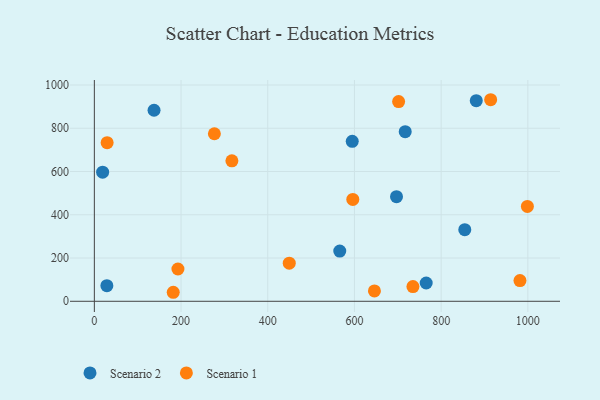
{"axis": {"x": "Investment", "y": "Exam Score"}, "legend": ["Scenario 1", "Scenario 2"], "data": [{"x": "137.7", "y": 883.3, "type": "Scenario 2"}, {"x": "881.0", "y": 927.4, "type": "Scenario 2"}, {"x": "717.1", "y": 784.4, "type": "Scenario 2"}, {"x": "697.0", "y": 483.8, "type": "Scenario 2"}, {"x": "594.9", "y": 739.8, "type": "Scenario 2"}, {"x": "765.5", "y": 84.5, "type": "Scenario 2"}, {"x": "854.5", "y": 331.3, "type": "Scenario 2"}, {"x": "28.9", "y": 72.2, "type": "Scenario 2"}, {"x": "19.1", "y": 596.8, "type": "Scenario 2"}, {"x": "566.1", "y": 232.3, "type": "Scenario 2"}, {"x": "276.9", "y": 774.6, "type": "Scenario 1"}, {"x": "981.8", "y": 95.6, "type": "Scenario 1"}, {"x": "192.8", "y": 149.4, "type": "Scenario 1"}, {"x": "29.5", "y": 733.5, "type": "Scenario 1"}, {"x": "596.2", "y": 471.1, "type": "Scenario 1"}, {"x": "734.9", "y": 68.0, "type": "Scenario 1"}, {"x": "998.9", "y": 438.8, "type": "Scenario 1"}, {"x": "449.6", "y": 176.4, "type": "Scenario 1"}, {"x": "317.3", "y": 649.5, "type": "Scenario 1"}, {"x": "701.9", "y": 923.2, "type": "Scenario 1"}, {"x": "914.2", "y": 931.9, "type": "Scenario 1"}, {"x": "182.0", "y": 41.7, "type": "Scenario 1"}, {"x": "646.1", "y": 47.8, "type": "Scenario 1"}]}